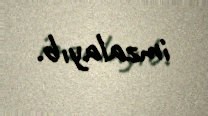
imzalayıb.